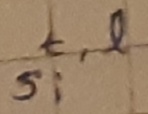
Text: s,t,l